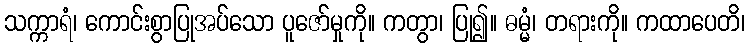
သက္ကာရံ၊ ကောင်းစွာပြုအပ်သော ပူဇော်မှုကို။ ကတွာ၊ ပြု၍။ ဓမ္မံ၊ တရားကို။ ကထာပေတိ၊